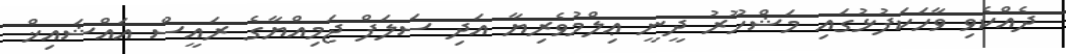
ދެއްކެވި ވާހަކަފުޅުގައި މަޝްހޫރު ދީނީ ޢިލްމުވެރިޔާ އަދި ސަލަފް ޖަމިއްޔާގެ ރައީސް އައްޝައިޚް